画像に写った文字を読んでください
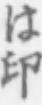
「は印」と書いてあります